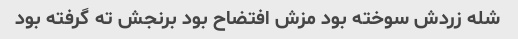
شله زردش سوخته بود مزش افتضاح بود برنجش ته گرفته بود